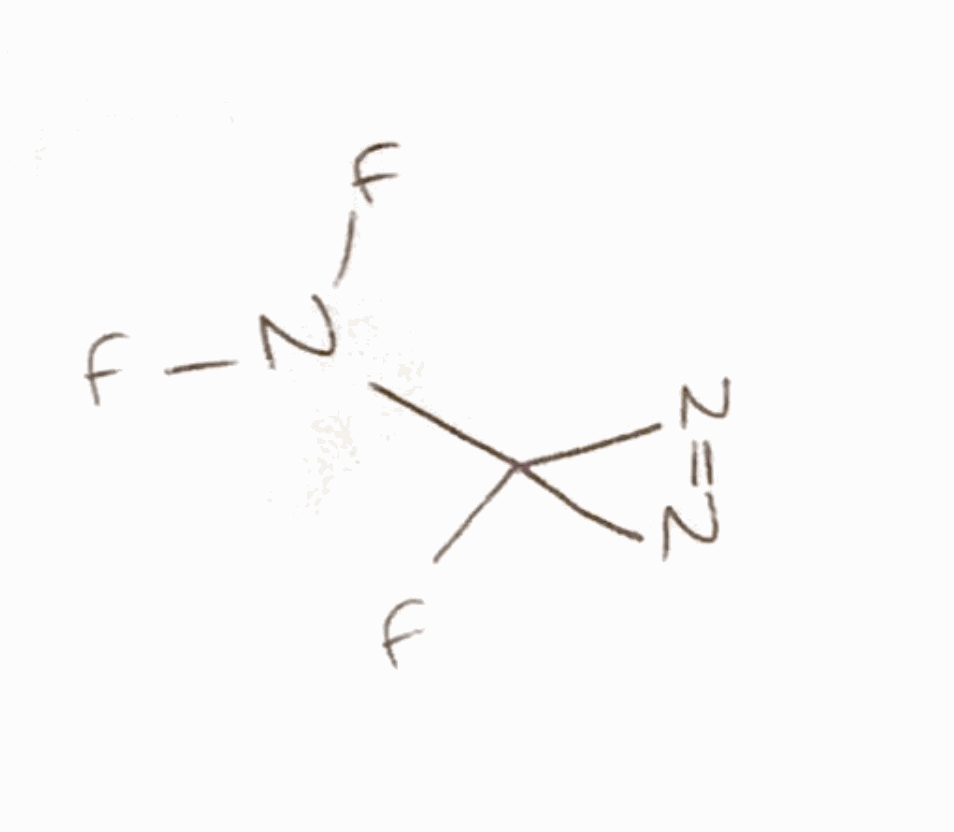
Simplified molecular-input line-entry system (SMILES) notation of the given molecule:
C1(N=N1)(N(F)F)F